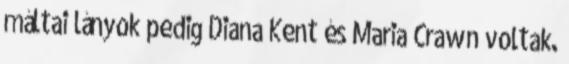
máltai lányok pedig Diana Kent és Maria Crawn voltak.